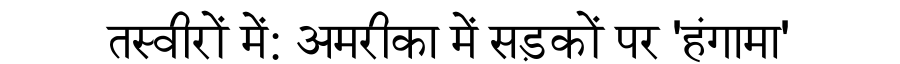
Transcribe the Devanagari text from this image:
तस्वीरों में: अमरीका में सड़कों पर 'हंगामा'